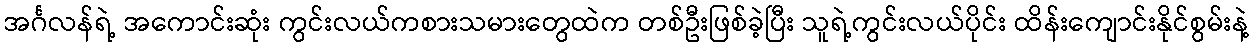
အင်္ဂလန်ရဲ့ အကောင်းဆုံး ကွင်းလယ်ကစားသမားတွေထဲက တစ်ဦးဖြစ်ခဲ့ပြီး သူရဲ့ကွင်းလယ်ပိုင်း ထိန်းကျောင်းနိုင်စွမ်းနဲ့